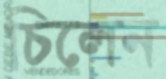
চিলেন